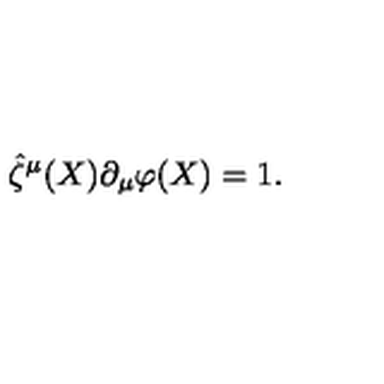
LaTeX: \hat { \zeta } ^ { \mu } ( X ) \partial _ { \mu } \varphi ( X ) = 1 .